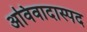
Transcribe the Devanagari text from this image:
अविवादास्पद